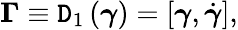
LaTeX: \boldsymbol{\Gamma}\equiv\mathtt{D}_{1}\left(\boldsymbol{\gamma}\right)=[\boldsymbol{\gamma},\dot{{\boldsymbol{\gamma}}}],